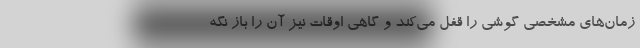
زمان‌های مشخصی گوشی را قفل می‌کند و گاهی اوقات نیز آن را باز نگه